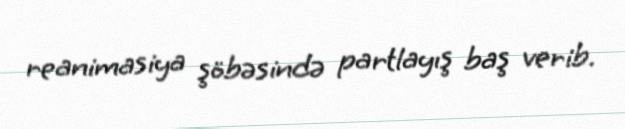
reanimasiya şöbəsində partlayış baş verib.